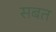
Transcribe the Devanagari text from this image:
सबत